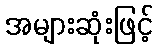
အများဆုံးဖြင့်